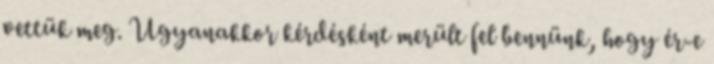
vettük meg. Ugyanakkor kérdésként merült fel bennünk, hogy ér-e